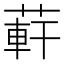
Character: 蓒